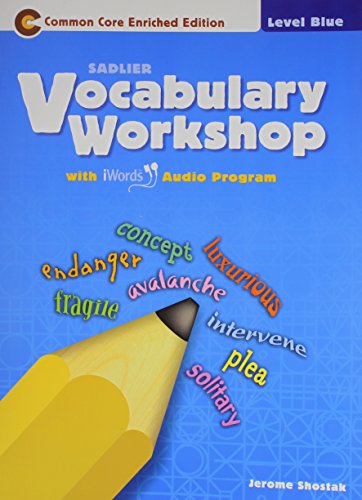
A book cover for Vocabulary Workshop Â©2011 Level Blue (Grade 5) Student Edition; sadlier; Reference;